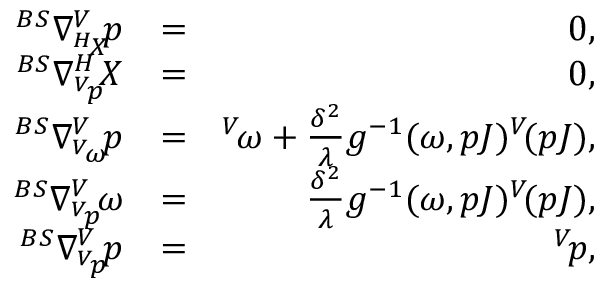
\begin{array} { r l r } { ^ { B S } \nabla _ { ^ { H } \! X } ^ { V } \! p } & { = } & { 0 , } \\ { ^ { B S } \nabla _ { ^ { V } \! p } ^ { H } \! X } & { = } & { 0 , } \\ { ^ { B S } \nabla _ { ^ { V } \! \omega } ^ { V } \! p } & { = } & { ^ { V } \! \omega + \frac { \delta ^ { 2 } } { \lambda } g ^ { - 1 } ( \omega , p J ) ^ { V } \! ( p J ) , } \\ { ^ { B S } \nabla _ { ^ { V } \! p } ^ { V } \! \omega } & { = } & { \frac { \delta ^ { 2 } } { \lambda } g ^ { - 1 } ( \omega , p J ) ^ { V } \! ( p J ) , } \\ { ^ { B S } \nabla _ { ^ { V } \! p } ^ { V } \! p } & { = } & { ^ { V } \! p , } \end{array}